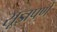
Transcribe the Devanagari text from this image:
सूज्ञपणे